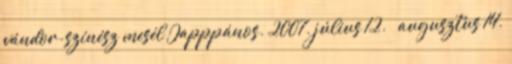
vándor-színész mesél Japppános. 2007. július 12. – augusztus 14.